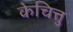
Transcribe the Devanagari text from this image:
केचित्तु